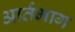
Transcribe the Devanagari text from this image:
आर्तभाग